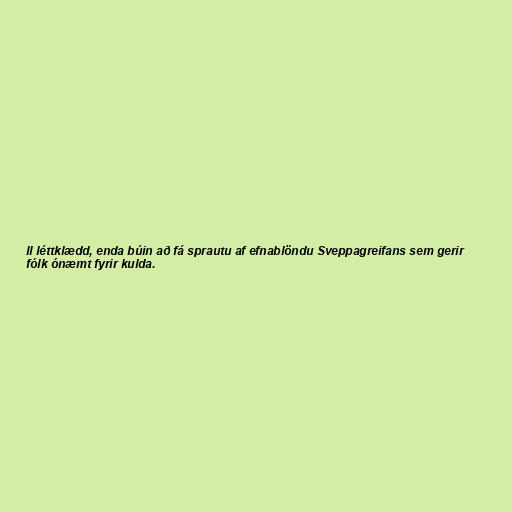
ll léttklædd, enda búin að fá sprautu af efnablöndu Sveppagreifans sem gerir
fólk ónæmt fyrir kulda.